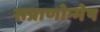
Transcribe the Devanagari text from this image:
सप्राणोन्मेष